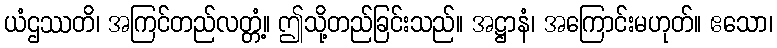
ယံဌဿတိ၊ အကြင်တည်လတ္တံ့။ ဤသို့တည်ခြင်းသည်။ အဋ္ဌာနံ၊ အကြောင်းမဟုတ်။ ဧသော၊